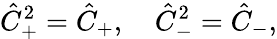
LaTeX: \hat{C}_{+}^{2}=\hat{C}_{+},\quad\hat{C}_{-}^{2}=\hat{C}_{-},